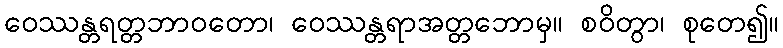
ဝေဿန္တရတ္တဘာဝတော၊ ဝေဿန္တရာအတ္တဘောမှ။ စဝိတွာ၊ စုတေ၍။